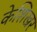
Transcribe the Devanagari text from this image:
केशिखर